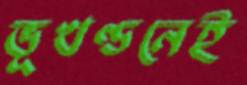
ভূখণ্ডনেই